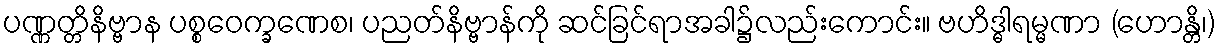
ပဏ္ဏတ္တိနိဗ္ဗာန ပစ္စဝေက္ခဏေစ၊ ပညတ်နိဗ္ဗာန်ကို ဆင်ခြင်ရာအခါ၌လည်းကောင်း။ ဗဟိဒ္ဓါရမ္မဏာ (ဟောန္တိ၊)